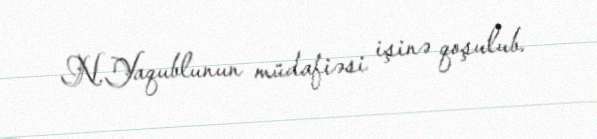
N.Yaqublunun müdafiəsi işinə qoşulub.